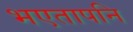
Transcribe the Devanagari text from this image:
भएतापनि